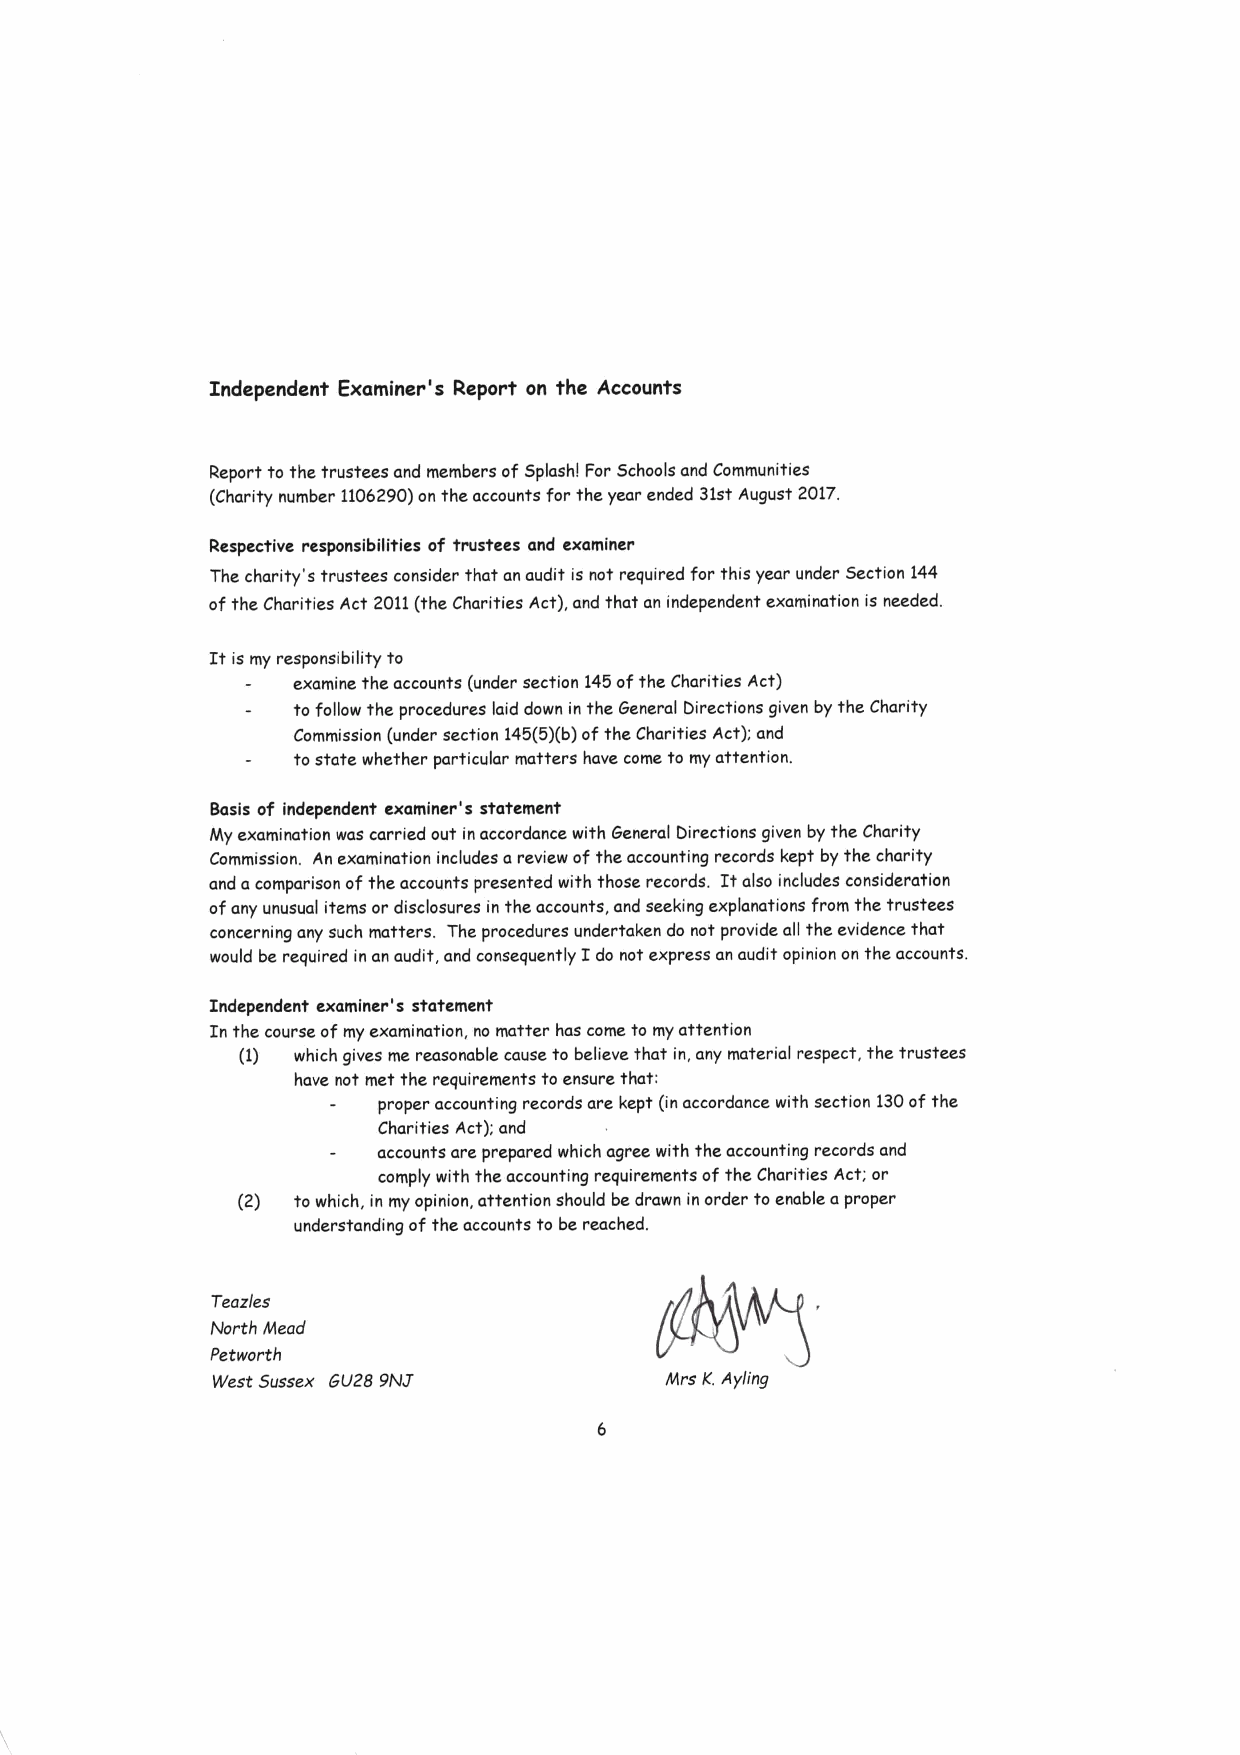
Independent Examiner's Report on the Accounts
 Report to the trustees and members of Splash! For Schools and Communities
 (Charity number 1106290)on the accounts for the year ended 31stAugust 2017.
 Respective responsibilities of trustees and examiner
 The charity's trustees consider that an audit is not required for this year under Section 144
 ofthe Charities Act 2011(the Charities Act), and that an independent examination is needed.
 It is my responsibility to
 examine the accounts (under section 145ofthe Charities Act)
 to follow the procedures laid down in the General Directions given by the Charity
 Commission (under section 145(5)(b)ofthe Charities Act); and
 to state whether particular matters have come to my attention.
 Basis of independent examiner's statement
 My examination was carried out in accordance with General Directions given by the Charity
 Commission. An examination includes areview ofthe accounting records kept by the charity
 and acomparison ofthe accounts presented with those records. It also includes consideration
 ofany unusual items or disclosures in the accounts, and seeking explanations from the trustees
 concerning any such matters. The procedures undertaken do not provide all the evidence that
 I
 would be required in an audit, and consequently do not express an audit opinion on the accounts.
 Indcpcndent examiner's statement
 In the course of my examination, no matter has come to my attention
 (1) which gives me reasonable cause to believe that in, any material respect, the trustees
 have not met the requirements toensure that:
 proper accounting records are kept (in accordance with section 130ofthe
 Charities Act); and
 accounts are prepared which agree with the accounting records and
 comply with the accounting requirements ofthe Charities Act; or
 (2) to which, in my opinion, attention should be drawn in order toenable aproper
 understanding ofthe accounts to be reached.
 Teazles
 North Mead
 Petworth
 West Sussex GU28 9NJ'         Mrs K.Ayling